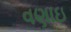
વણાઇ